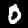
Digit: 0